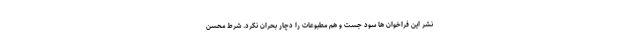
نشر این فراخوان ها سود جست و هم مطبوعات را دچار بحران نکرد. شرط محسن